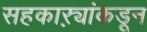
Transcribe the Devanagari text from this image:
सहकाऱ्यांकडून